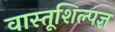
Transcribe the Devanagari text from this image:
वास्तूशिल्पज्ञ